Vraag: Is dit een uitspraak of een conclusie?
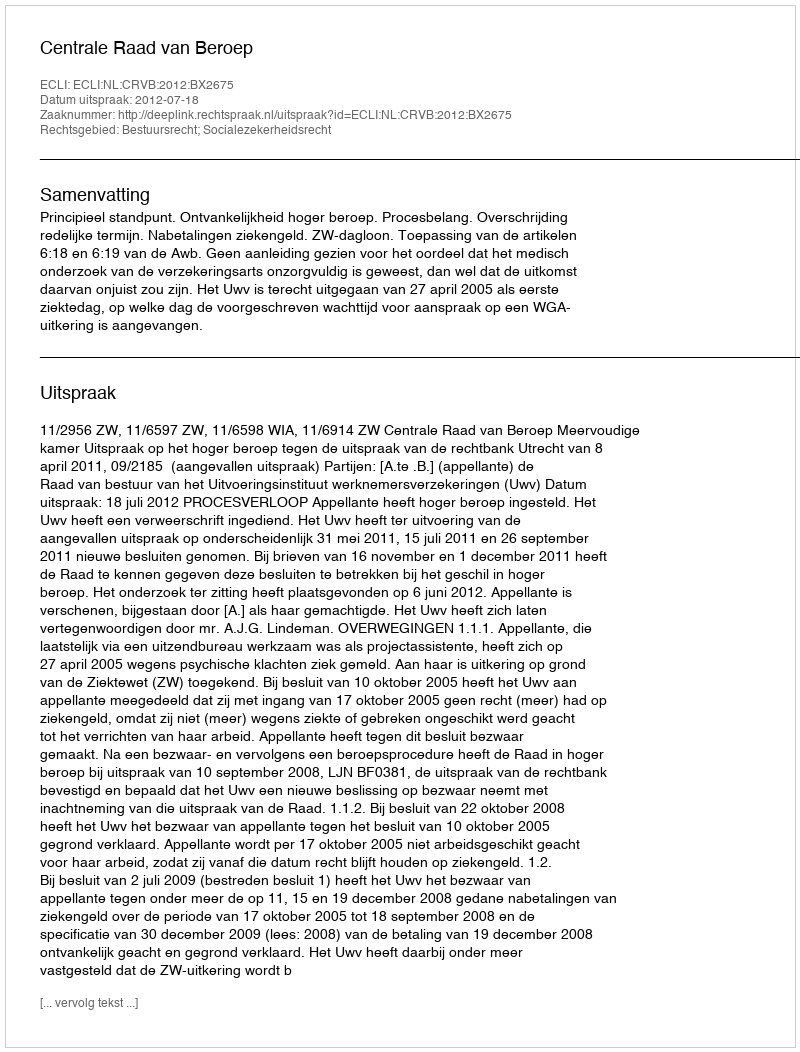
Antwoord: Uitspraak